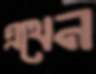
এথেন